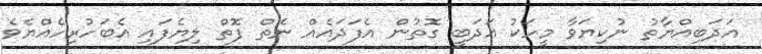
އަދަބިއްޔާތު ނުކިޔަވާ މީހަކު އަދަބީ ގޮތުން އެފަދައެއް ނެތް ފޮތް ލިޔެފައި އެބަހުރިހެއްޔެވެ